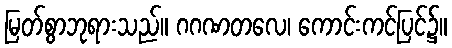
မြတ်စွာဘုရားသည်။ ဂဂဏတလေ၊ ကောင်းကင်ပြင်၌။